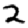
Digit: 2